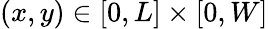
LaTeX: (x,y)\in[0,L]\times[0,W]